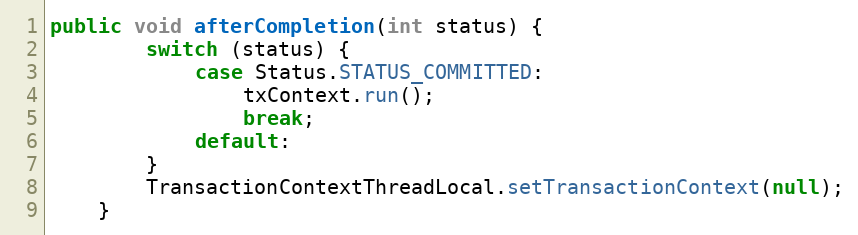
Language: Java
public void afterCompletion(int status) {
		switch (status) {
			case Status.STATUS_COMMITTED:
				txContext.run();
				break;
			default:
		}
		TransactionContextThreadLocal.setTransactionContext(null);
	}